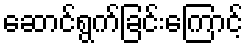
ဆောင်ရွက်ခြင်းကြောင့်